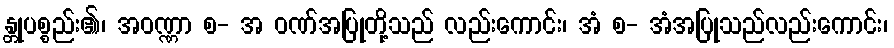
န္တုပစ္စည်း၏၊ အဝဏ္ဏာ စ- အ ဝဏ်အပြုတို့သည် လည်းကောင်း၊ အံ စ- အံအပြုသည်လည်းကောင်း၊